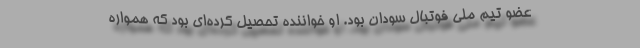
عضو تیم ملی فوتبال سودان بود. او خواننده تحصیل کرده‌ای بود که همواره